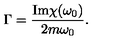
\Gamma = \frac { \mathrm { I m } \chi ( \omega _ { 0 } ) } { 2 m \omega _ { 0 } } .